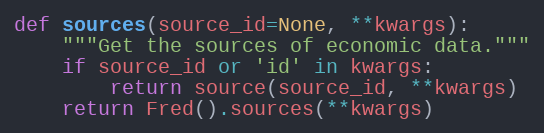
Language: Python
def sources(source_id=None, **kwargs):
    """Get the sources of economic data."""
    if source_id or 'id' in kwargs:
        return source(source_id, **kwargs)
    return Fred().sources(**kwargs)